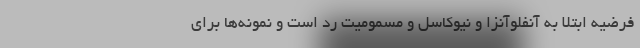
فرضیه ابتلا به آنفلوآنزا و نیوکاسل و مسمومیت رد است و نمونه‌ها برای